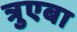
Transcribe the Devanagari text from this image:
त्रुएबा